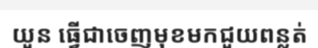
យួន ធ្វើជាចេញមុខមកជួយពន្លត់